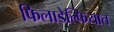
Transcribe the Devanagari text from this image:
फिलाडेल्फियात